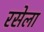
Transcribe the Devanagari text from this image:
रसेला